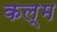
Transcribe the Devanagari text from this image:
कल्म